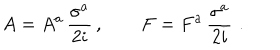
A = A ^ { a } \, \frac { \sigma ^ { a } } { 2 i } \, , \qquad F = F ^ { a } \, \frac { \sigma ^ { a } } { 2 i } \, \, .